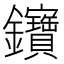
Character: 𨰰